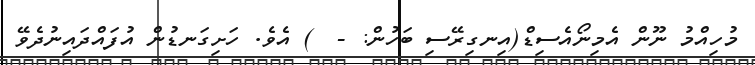
މުހިއްމު ނޫން އެމިނޯއެސިޑް(އިނގިރޭސި ބަހުން: -  ) އެވެ. ހަށިގަނޑުން އުފައްދައިނުދެވޭ